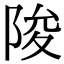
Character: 陖